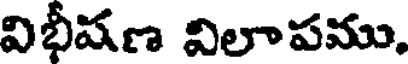
విభీషణ విలాపము.